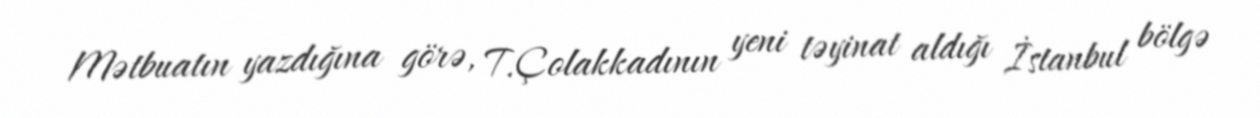
Mətbuatın yazdığına görə, T.Çolakkadının yeni təyinat aldığı İstanbul bölgə